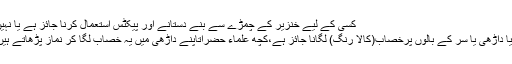
کسی کے لیے خنزیر کے چمڑے سے بنے دستانے اور پیکٹس استعمال کرنا جائز ہے یا نہیں
کیا داڑھی یا سر کے بالوں پرخصاب(کالا رنگ) لگانا جائز ہے،کچھ علماء حضراتاپنے داڑھی میں یہ خصاب لگا کر نماز پڑھاتے ہیں۔